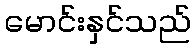
မောင်းနှင်သည်